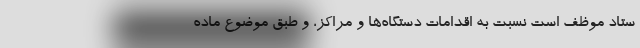
ستاد موظف است نسبت به اقدامات دستگاه‌ها و مراکز، و طبق موضوع ماده